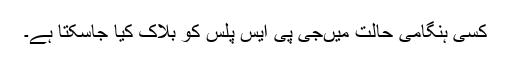
کسی ہنگامی حالت میںجی پی ایس پلس کو بلاک کیا جاسکتا ہے۔